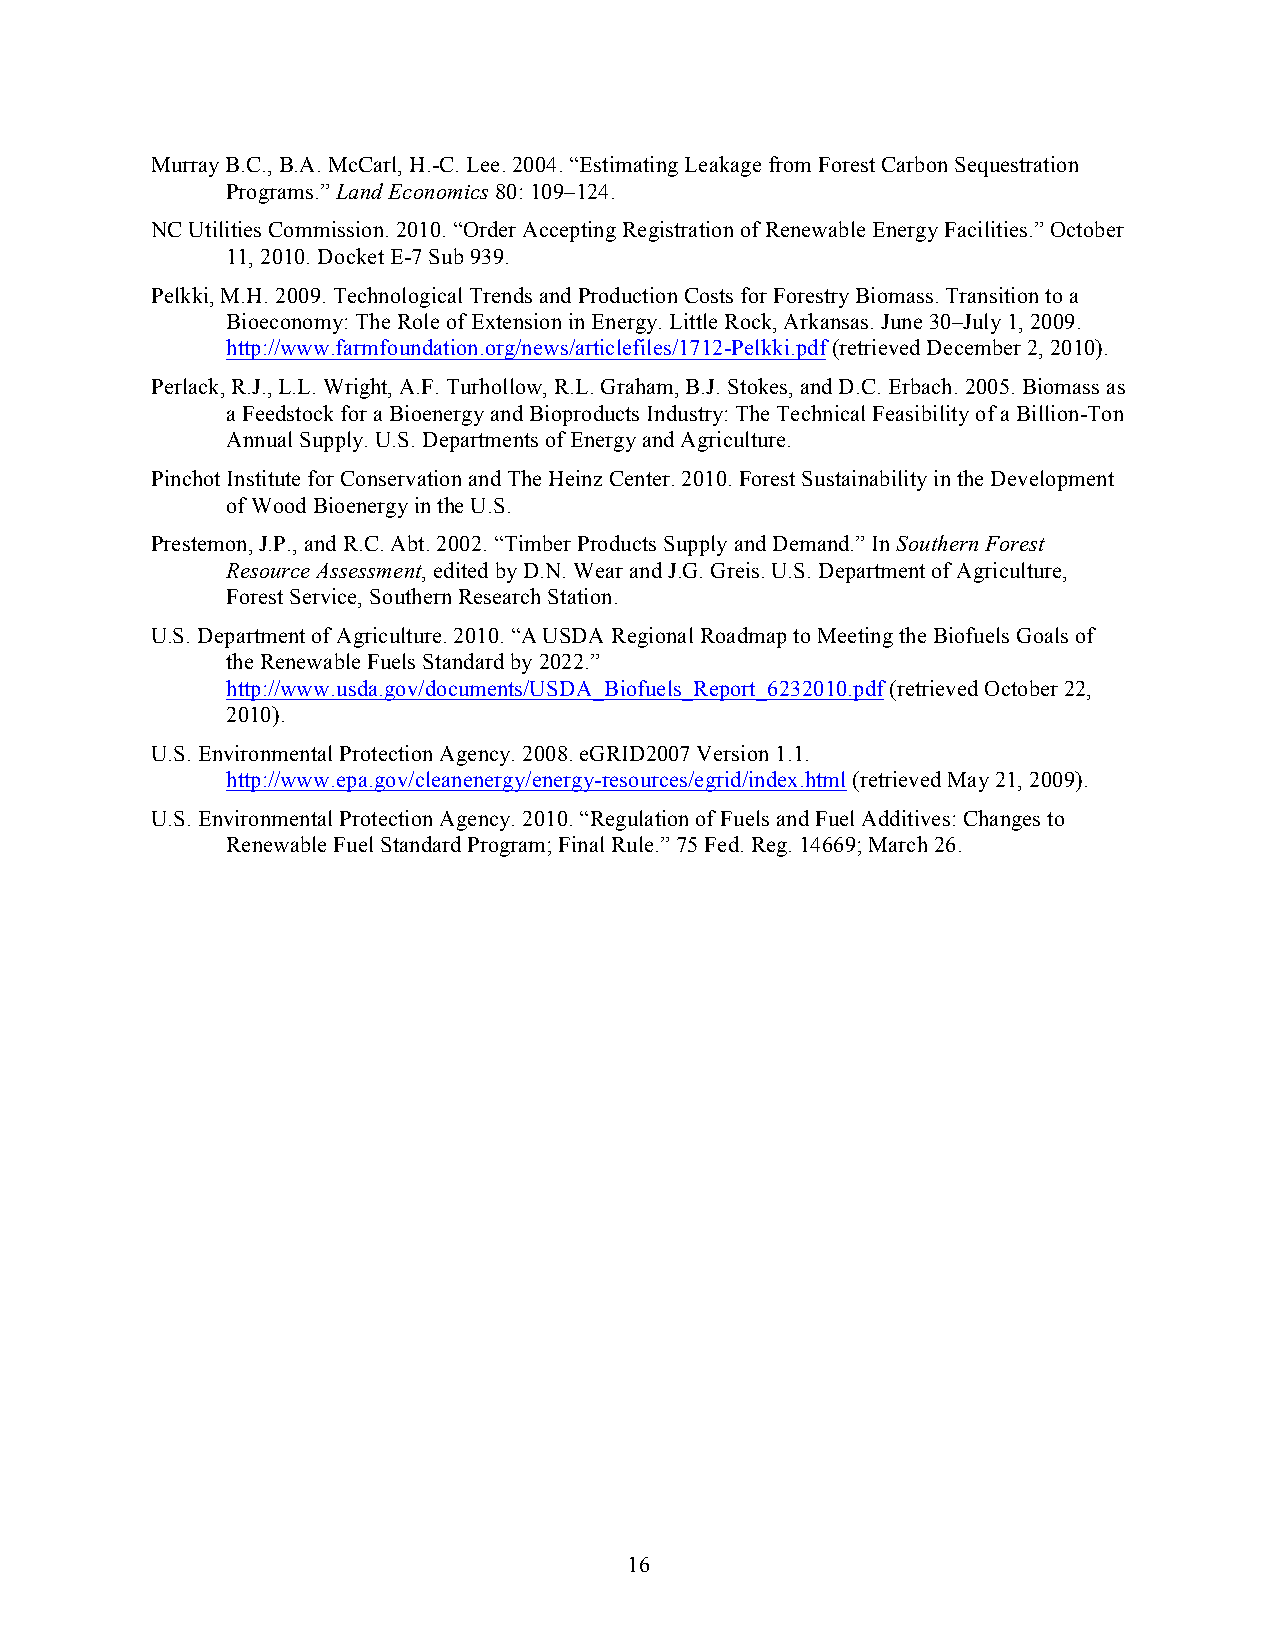
Murray B.C., B.A. McCarl, H.-C. Lee. 2004. “Estimating Leakage from Forest Carbon Sequestration
 Programs.” Land Economics 80: 109–124.
 NC Utilities Commission. 2010. “Order Accepting Registration of Renewable Energy Facilities.” October
 11, 2010. Docket E-7 Sub 939.
 Pelkki, M.H. 2009. Technological Trends and Production Costs for Forestry Biomass. Transition to a
 Bioeconomy: The Role of Extension in Energy. Little Rock, Arkansas. June 30–July 1, 2009.
 http://www.farmfoundation.org/news/articlefiles/1712-Pelkki.pdf (retrieved December 2, 2010).
 Perlack, R.J., L.L. Wright, A.F. Turhollow, R.L. Graham, B.J. Stokes, and D.C. Erbach. 2005. Biomass as
 a Feedstock for a Bioenergy and Bioproducts Industry: The Technical Feasibility of a Billion-Ton
 Annual Supply. U.S. Departments of Energy and Agriculture.
 Pinchot Institute for Conservation and The Heinz Center. 2010. Forest Sustainability in the Development
 of Wood Bioenergy in the U.S.
 Prestemon, J.P., and R.C. Abt. 2002. “Timber Products Supply and Demand.” In Southern Forest
 Resource Assessment, edited by D.N. Wear and J.G. Greis. U.S. Department of Agriculture,
 Forest Service, Southern Research Station.
 U.S. Department of Agriculture. 2010. “A USDA Regional Roadmap to Meeting the Biofuels Goals of
 the Renewable Fuels Standard by 2022.”
 http://www.usda.gov/documents/USDA_Biofuels_Report_6232010.pdf (retrieved October 22,
 2010).
 U.S. Environmental Protection Agency. 2008. eGRID2007 Version 1.1.
 http://www.epa.gov/cleanenergy/energy-resources/egrid/index.html (retrieved May 21, 2009).
 U.S. Environmental Protection Agency. 2010. “Regulation of Fuels and Fuel Additives: Changes to
 Renewable Fuel Standard Program; Final Rule.” 75 Fed. Reg. 14669; March 26.
 16